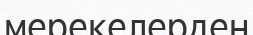
мерекелерден